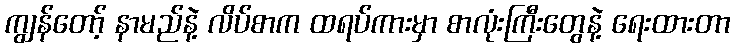
ကျွန်တော့် နာမည်နဲ့ လိပ်စာက ထရပ်ကားမှာ စာလုံးကြီးတွေနဲ့ ရေးထားတာ